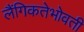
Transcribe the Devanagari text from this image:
लैंगिकतेभोवती